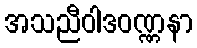
အသညီဝါဒဝဏ္ဏနာ